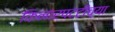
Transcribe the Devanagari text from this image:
किनारपटटीच्या